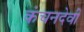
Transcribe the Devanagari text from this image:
कंचनदेवी